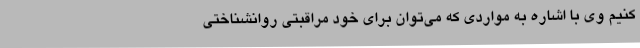
کنیم وی با اشاره به مواردی که می‌توان برای خود مراقبتی روانشناختی